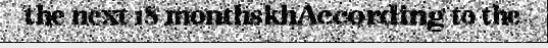
the next 18 monthskhAccording to the